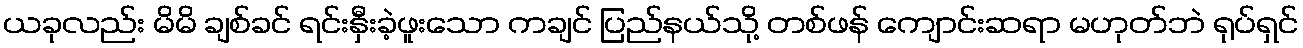
ယခုလည်း မိမိ ချစ်ခင် ရင်းနှီးခဲ့ဖူးသော ကချင် ပြည်နယ်သို့ တစ်ဖန် ကျောင်းဆရာ မဟုတ်ဘဲ ရုပ်ရှင်